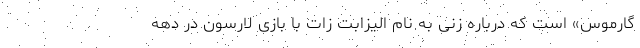
گارموس» است که درباره زنی به نام الیزابت زات با بازی لارسون در دهه